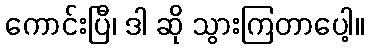
ကောင်းပြီ၊ ဒါ ဆို သွားကြတာပေါ့။